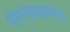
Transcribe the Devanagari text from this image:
रंगनाथानंद